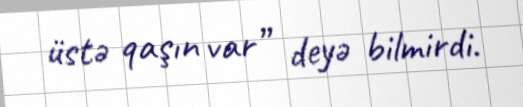
üstə qaşın var” deyə bilmirdi.